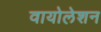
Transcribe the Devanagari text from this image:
वायोलेशन